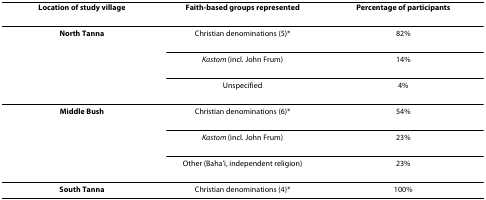
<table><thead><tr><td><b>Location of study village</b></td><td><b>Faith-based groups represented</b></td><td><b>Percentage of participants</b></td></tr></thead><tbody><tr><td><b>North Tanna</b></td><td>Christian denominations (5)*</td><td>82%</td></tr><tr><td></td><td><i>Kastom </i>(incl. John Frum)</td><td>14%</td></tr><tr><td></td><td>Unspecified</td><td>4%</td></tr><tr><td><b>Middle Bush</b></td><td>Christian denominations (6)*</td><td>54%</td></tr><tr><td></td><td><i>Kastom </i>(incl. John Frum)</td><td>23%</td></tr><tr><td></td><td>Other (Baha&#x27;i, independent religion)</td><td>23%</td></tr><tr><td><b>South Tanna</b></td><td>Christian denominations (4)*</td><td>100%</td></tr></tbody></table>